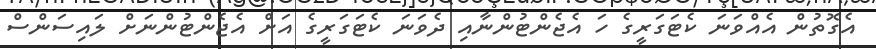
އެގޮތުން އެއްވަނަ ކެޓަގަރީގެ ހަ އެޖެންޓުންނާއި ދެވަނަ ކެޓަގަރީގެ އަށް އެޖެންޓުންނަށް ލައިސަންސް